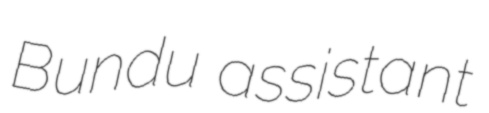
Bundu assistant